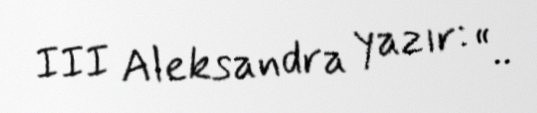
III Aleksandra yazır: “..